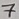
Text: 7